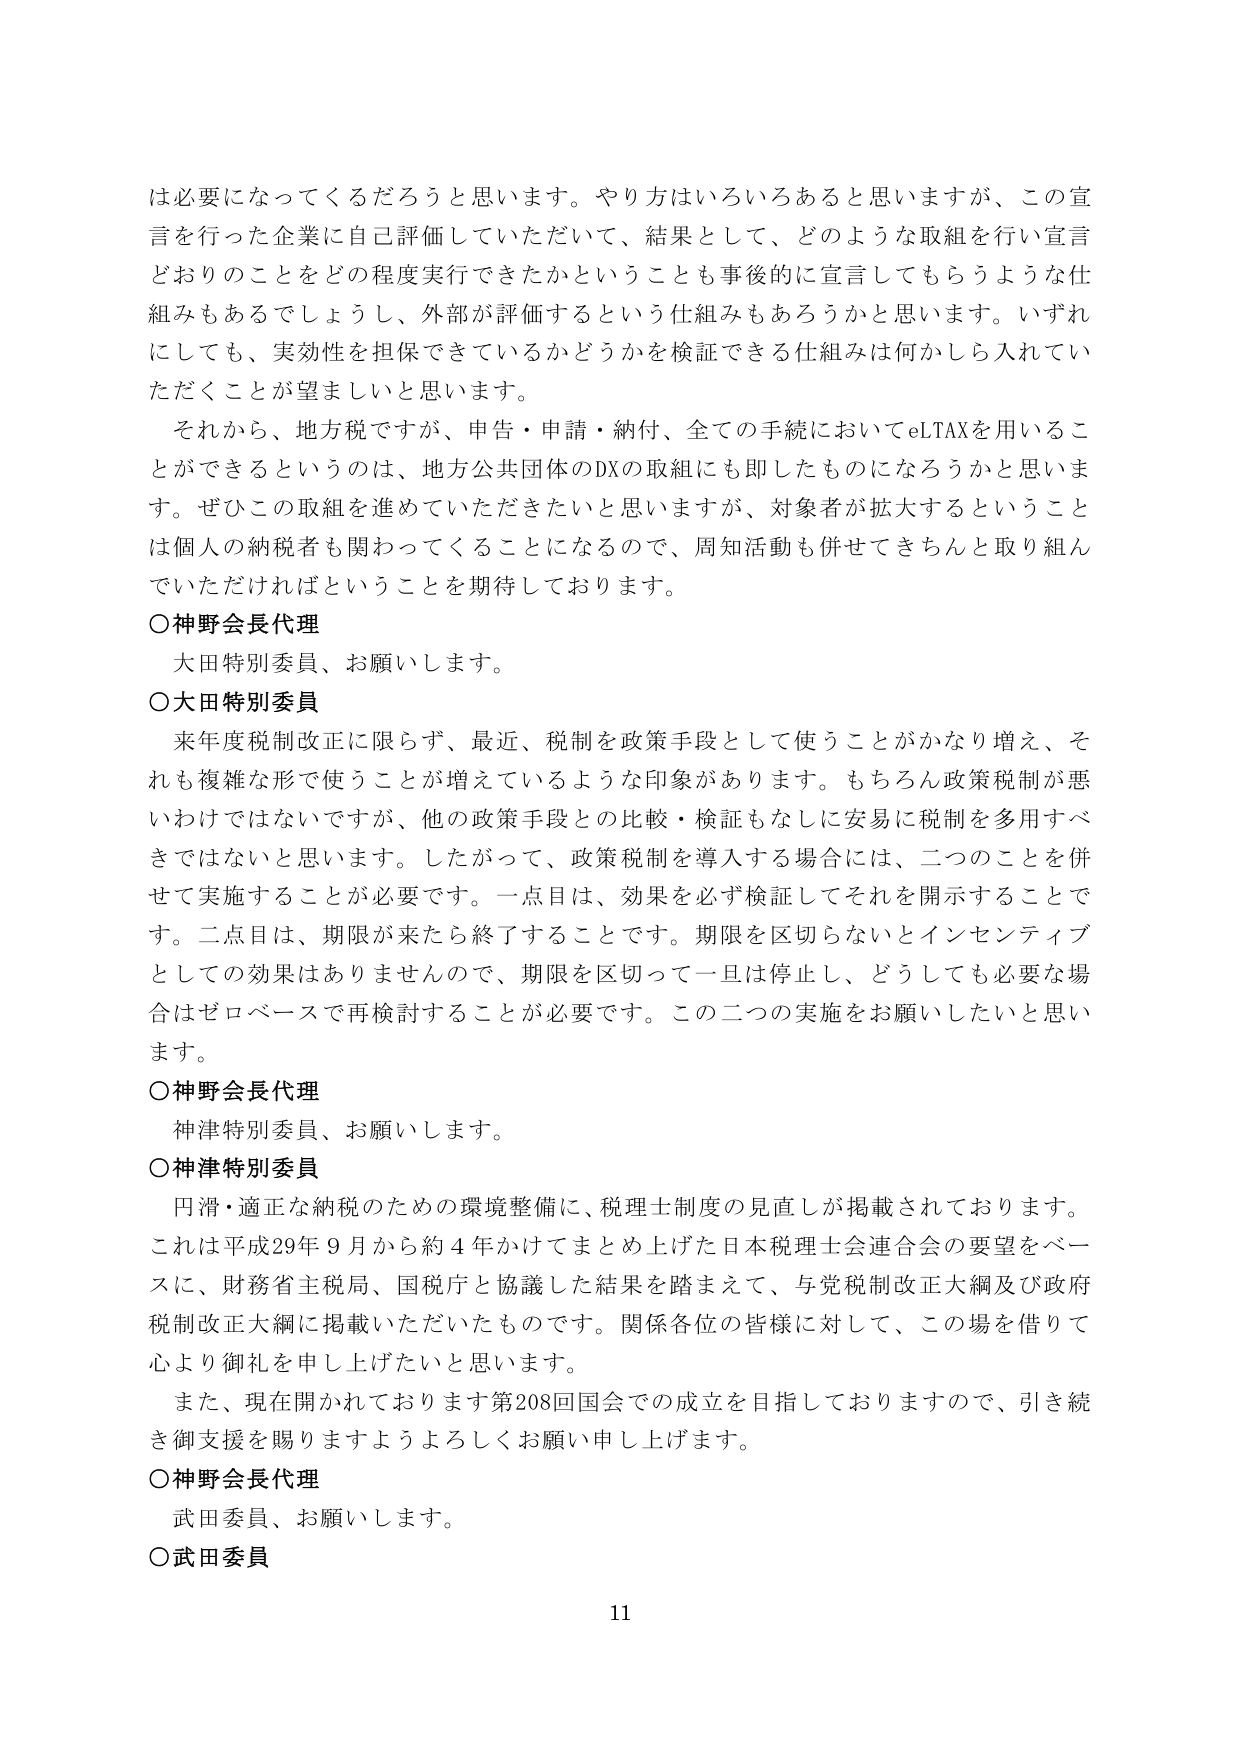
は必要になってくるだろうと思います。やり方はいろいろあると思いますが、この宣言を行った企業に自己評価していただいて、結果として、どのような取組を行宣言どおりのことをどの程度実行できたかということも事後的に宣言してもらうような仕組みもあるでしょうし、外部が評価するという仕組みもあるろうと思います。いずれにしても、実効性を担保できているかどうかを検証できる仕組みは何かしら入れていただくことが望ましいと思います。

それから、地方税ですが、申告・申請・納付、全ての手続においてeLTAXを用いることができるというのは、地方公共団体のDXの取組にも即したものになるだろうと思います。ぜひこの取組を進めていただきたいと思いますが、対象者が拡大するということは個人の納税者も関わってくることになるので、周知活動も併せてきちんと取り組んでいただければということを期待しております。

○神野会長代理
大田特別委員、お願いします。

○大田特別委員
来年度税制改正に限らず、最近、税制を政策手段として使うことがかなり増え、それも複雑な形で使うことが増えているような印象があります。もちろん政策税制が悪いわけではないですが、他の政策手段との比較・検証もなしに安易に税制を多用すべきではないと思います。したがって、政策税制を導入する場合には、二つのことを併せて実施することが必要です。一点目は、効果を必ず検証してそれを開示することです。二点目は、期限が来たら終了することです。期限を区切らないとインセンティブとしての効果はありませんので、期限を区切って一旦は停止し、どうしても必要な場合はゼロベースで再検討することが必要です。この二つの実施をお願いしたいと思います。

○神野会長代理
神津特別委員、お願いします。

○神津特別委員
円滑・適正な納税のための環境整備に、税理士制度の見直しが掲載されております。これは平成29年9月から約4年かけてまとめ上げた日本税理士会連合会の要望をベースに、財務省主税局、国税庁と協議した結果を踏まえて、与党税制改正大綱及び政府税制改正大綱に掲載いただいたものです。関係各位の皆様に対して、この場を借りて心より御礼を申し上げたいと思います。

また、現在開かれております第208回国会での成立を目指しておりますので、引き続き御支援を賜りますようよろしくお願い申し上げます。

○神野会長代理
武田委員、お願いします。

○武田委員

11